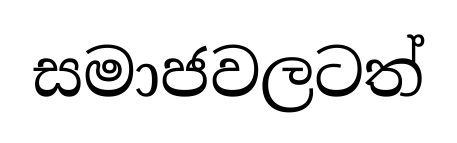
සමාජවලටත්